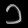
Digit: ၁